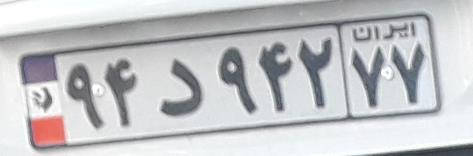
۹۴د۹۴۲۷۷